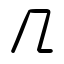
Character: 几